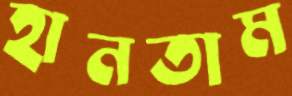
হানতাম